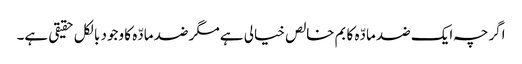
اگرچہ ایک ضد مادّہ کا بم خالص خیالی ہے مگر ضد مادّہ کا وجود بالکل حقیقی ہے۔